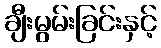
ချီးမွမ်းခြင်းနှင့်